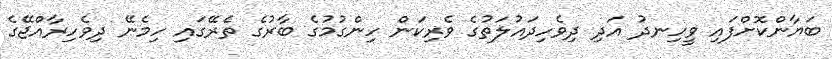
ބަޔާންކޮށްފައި ވީހިނދު އަދި ދިވެހިދައުލަތުގެ ވެރިކަން ހިންގުމުގެ ބާރުގެ ތެރޭގައި ހިމެނޭ ދިވެހިރާއްޖޭގެ